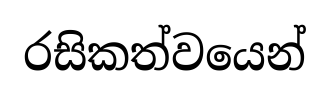
රසිකත්වයෙන්